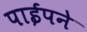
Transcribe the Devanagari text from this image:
पाईपने